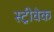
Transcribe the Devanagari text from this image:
स्ट्रीवेक